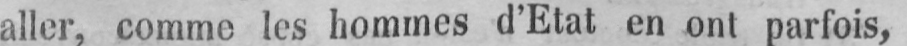
aller, comme les hommes d’Etat en ont parfois,